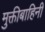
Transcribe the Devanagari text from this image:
मुक्तीबाहिनी